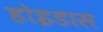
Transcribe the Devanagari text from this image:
होइडास